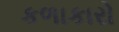
કળાકારો